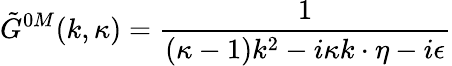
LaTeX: \tilde{G}^{0M}(k,\kappa)={\frac{1}{(\kappa-1)k^{2}-i\kappa k\cdot\eta-i\epsilon}}